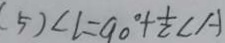
( 5 ) \angle l = 9 0 ^ { \circ } + \frac { 1 } { 2 } \angle A